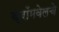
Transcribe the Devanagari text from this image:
क्रॉमवेलचे